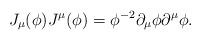
LaTeX: \begin{align*}J_\mu (\phi )J^\mu (\phi )=\phi ^{-2}\partial _\mu \phi \partial^\mu \phi.\end{align*}